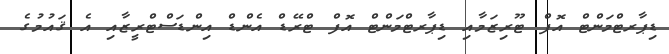
ޑިޕާރޓްމަންޓް އޮފް ޓޫރިޒަމާއި ޑިޕާރޓްމަންޓް އޮފް ޓްރޭޑް އެންޑް އިންޑަސްޓްރީޒާއި އެ ޤައުމުގެ